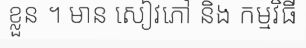
ខ្លួន ។ មាន សៀវភៅ និង កម្មវិធី